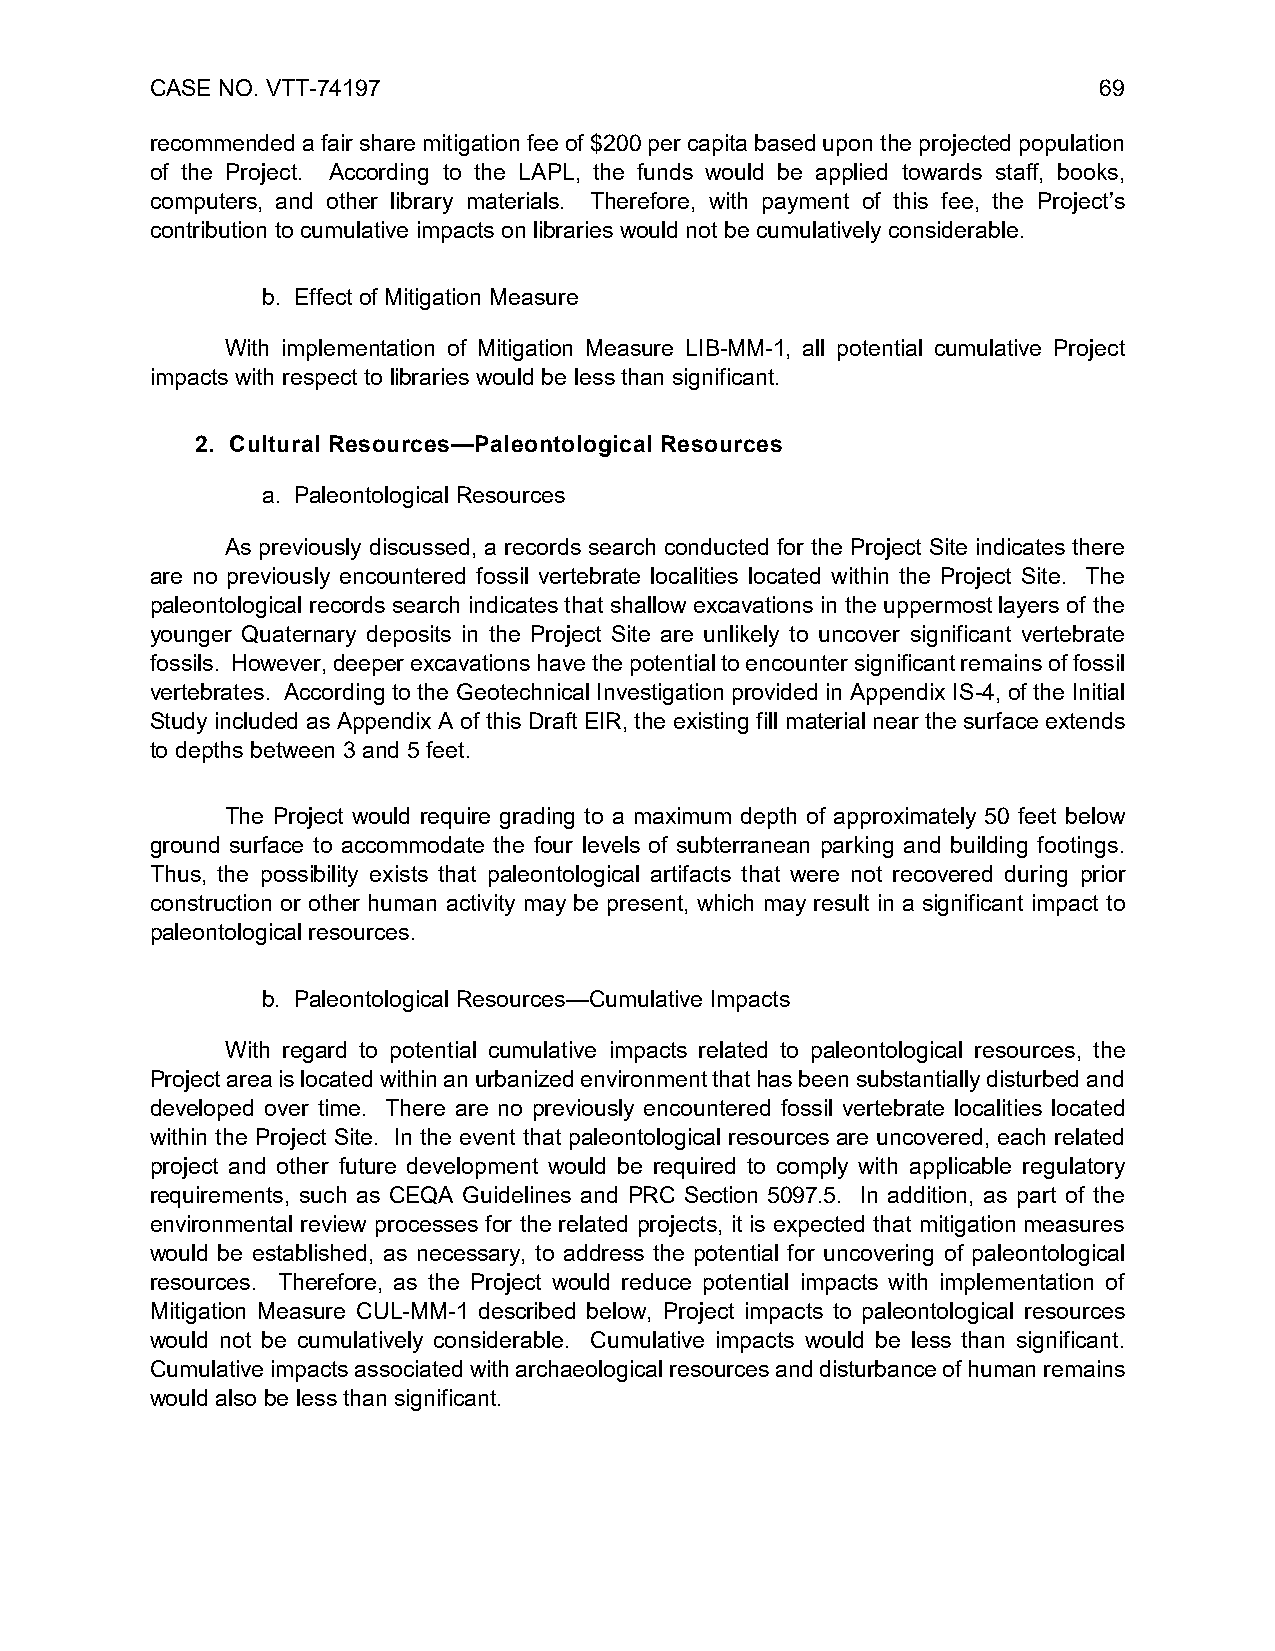
CASE NO. VTT-74197                                             69
 recommended a fair share mitigation fee of $200 per capita based upon the projected population
 of the Project. According to the LAPL, the funds would be applied towards staff, books,
 computers, and other library materials. Therefore, with payment of this fee, the Project’s
 contribution to cumulative impacts on libraries would not be cumulatively considerable.
 b. Effect of Mitigation Measure
 With implementation of Mitigation Measure LIB-MM-1, all potential cumulative Project
 impacts with respect to libraries would be less than significant.
 2. Cultural Resources—Paleontological Resources
 a. Paleontological Resources
 As previously discussed, a records search conducted for the Project Site indicates there
 are no previously encountered fossil vertebrate localities located within the Project Site. The
 paleontological records search indicates that shallow excavations in the uppermost layers of the
 younger Quaternary deposits in the Project Site are unlikely to uncover significant vertebrate
 fossils. However, deeper excavations have the potential to encounter significant remains of fossil
 vertebrates. According to the Geotechnical Investigation provided in Appendix IS-4, of the Initial
 Study included as Appendix A of this Draft EIR, the existing fill material near the surface extends
 to depths between 3 and 5 feet.
 The Project would require grading to a maximum depth of approximately 50 feet below
 ground surface to accommodate the four levels of subterranean parking and building footings.
 Thus, the possibility exists that paleontological artifacts that were not recovered during prior
 construction or other human activity may be present, which may result in a significant impact to
 paleontological resources.
 b. Paleontological Resources—Cumulative Impacts
 With regard to potential cumulative impacts related to paleontological resources, the
 Project area is located within an urbanized environment that has been substantially disturbed and
 developed over time. There are no previously encountered fossil vertebrate localities located
 within the Project Site. In the event that paleontological resources are uncovered, each related
 project and other future development would be required to comply with applicable regulatory
 requirements, such as CEQA Guidelines and PRC Section 5097.5. In addition, as part of the
 environmental review processes for the related projects, it is expected that mitigation measures
 would be established, as necessary, to address the potential for uncovering of paleontological
 resources. Therefore, as the Project would reduce potential impacts with implementation of
 Mitigation Measure CUL-MM-1 described below, Project impacts to paleontological resources
 would not be cumulatively considerable. Cumulative impacts would be less than significant.
 Cumulative impacts associated with archaeological resources and disturbance of human remains
 would also be less than significant.